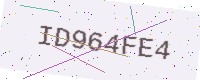
Text: ID964FE4